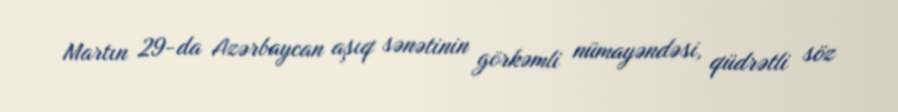
Martın 29-da Azərbaycan aşıq sənətinin görkəmli nümayəndəsi, qüdrətli söz